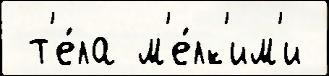
 т'е́ла м'е́лк'им'и